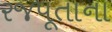
રજપૂતાના